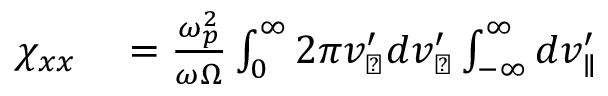
\begin{array} { r l } { \chi _ { x x } } & { { } = \frac { \omega _ { p } ^ { 2 } } { \omega \Omega } \int _ { 0 } ^ { \infty } 2 \pi v _ { \perp } ^ { \prime } d v _ { \perp } ^ { \prime } \int _ { - \infty } ^ { \infty } d v _ { \parallel } ^ { \prime } } \end{array}